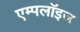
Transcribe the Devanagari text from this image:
एम्‍पलॉइज